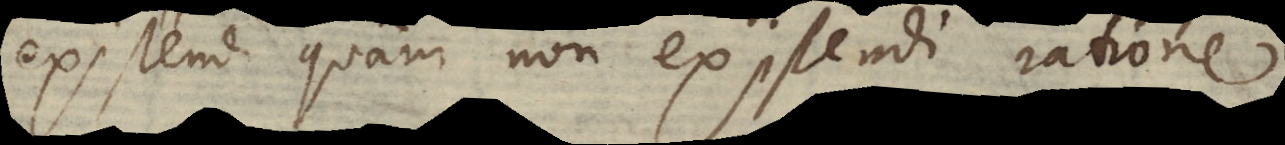
existendi quam non existendi ratione